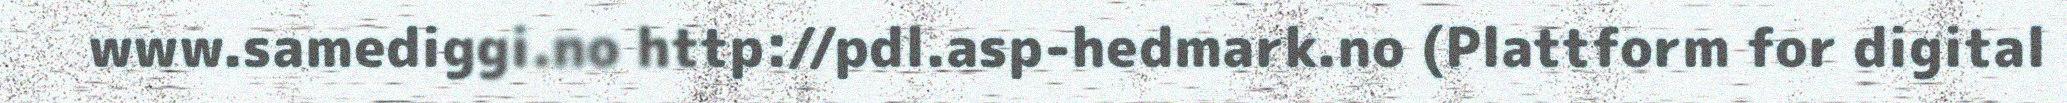
www.samediggi.no http://pdl.asp-hedmark.no (Plattform for digital